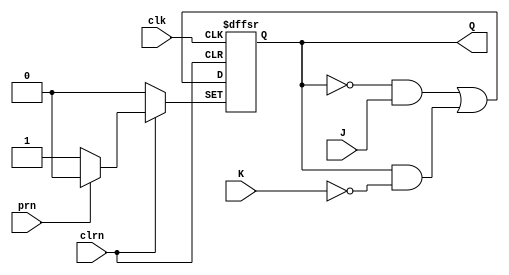
// Copyright (C) 2016  Intel Corporation. All rights reserved.
// Your use of Intel Corporation's design tools, logic functions 
// and other software and tools, and its AMPP partner logic 
// functions, and any output files from any of the foregoing 
// (including device programming or simulation files), and any 
// associated documentation or information are expressly subject 
// to the terms and conditions of the Intel Program License 
// Subscription Agreement, the Intel Quartus Prime License Agreement,
// the Intel MegaCore Function License Agreement, or other 
// applicable license agreement, including, without limitation, 
// that your use is for the sole purpose of programming logic 
// devices manufactured by Intel and sold by Intel or its 
// authorized distributors.  Please refer to the applicable 
// agreement for further details.

// PROGRAM		"Quartus Prime"
// VERSION		"Version 16.1.0 Build 196 10/24/2016 SJ Lite Edition"
// CREATED		"Mon Feb 27 21:25:22 2017"

module jkff_altera(
	J,
	clk,
	K,
	prn,
	clrn,
	Q
);


input wire	J;
input wire	clk;
input wire	K;
input wire	prn;
input wire	clrn;
output reg	Q;






always@(posedge clk or negedge clrn or negedge prn)
begin
if (!clrn)
	begin
	Q <= 0;
	end
else
	begin
if (!prn)
	begin
	Q <= 1;
	end
else
	begin
	Q <= ~Q & J | Q & ~K;
	end
	end
end


endmodule